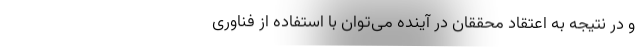
و در نتیجه به اعتقاد محققان در آینده می‌توان با استفاده از فناوری